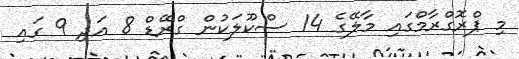
މި ޕްރޮގްރާމްގައި މާލޭގެ 14 ސްކޫލަކުން ގްރޭޑް 8 އަދި 9 ގައި